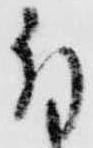
付